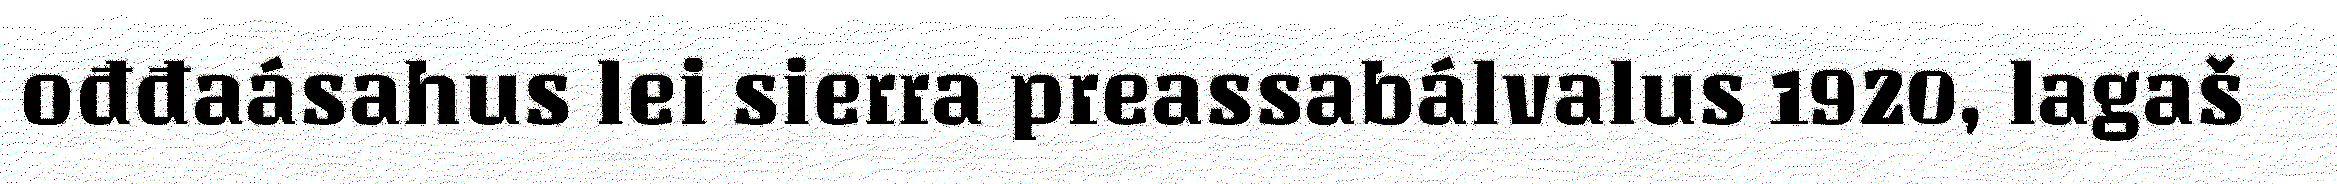
ođđaásahus lei sierra preassabálvalus 1920, lagaš